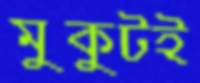
মুকুটই